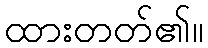
ထားတတ်၏။